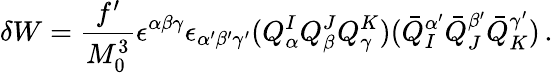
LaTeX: \delta W=\frac{f^{\prime}}{M_{0}^{3}}\epsilon^{\alpha\beta\gamma}\epsilon_{\alpha^{\prime}\beta^{\prime}\gamma^{\prime}}(Q_{\alpha}^{I}Q_{\beta}^{J}Q_{\gamma}^{K})(\bar{Q}_{I}^{\alpha^{\prime}}\bar{Q}_{J}^{\beta^{\prime}}\bar{Q}_{K}^{\gamma^{\prime}})\, .